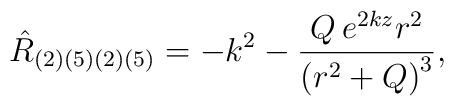
{\hat{R}}_{(2)(5)(2)(5)}=-k^2-\frac{Q\,e^{2kz}r^2}{{(r^2+Q)}^3},